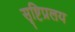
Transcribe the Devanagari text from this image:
सृष्टिप्रलय